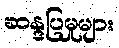
ဆန္ဒပြမှုများ